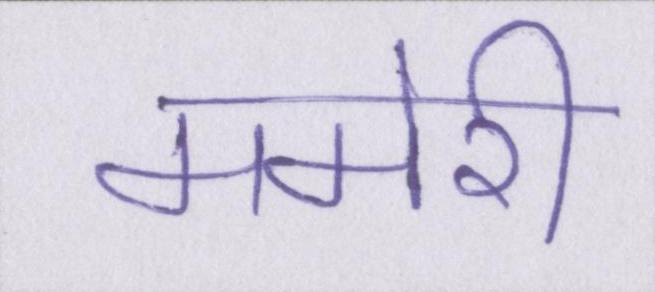
ममेरी